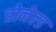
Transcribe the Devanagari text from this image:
डोनेल्ड